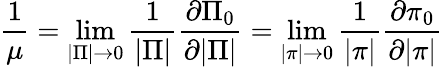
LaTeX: \frac{1}{\mu}=\operatorname*{lim}_{|\Pi|\rightarrow 0}\frac{1}{|\Pi|}\frac{\partial\Pi_{0}}{\partial|\Pi|}=\operatorname*{lim}_{|\pi|\rightarrow 0}\frac{1}{|\pi|}\frac{\partial\pi_{0}}{\partial|\pi|}